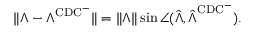
\lVert \boldsymbol { \Lambda } - \boldsymbol { \Lambda } ^ { \mathrm { C D C ^ { - } } } \rVert = \lVert \boldsymbol { \Lambda } \rVert \sin \angle ( \hat { \boldsymbol { \Lambda } } , \hat { \boldsymbol { \Lambda } } ^ { \mathrm { C D C ^ { - } } } ) .